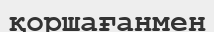
қоршағанмен